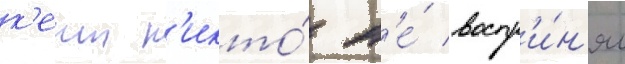
к'еит н'икто́ н'е́ воспр'и́н'ял